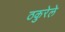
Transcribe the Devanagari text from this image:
ठकुरेले